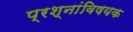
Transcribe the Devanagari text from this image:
प्रश्नांविषयक